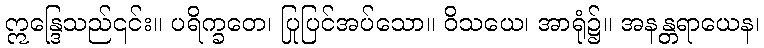
ဣန္ဒြေသည်၎င်း။ ပရိက္ခတေ၊ ပြုပြင်အပ်သော။ ဝိသယေ၊ အာရုံ၌။ အနန္တရာယေန၊